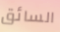
السائق